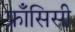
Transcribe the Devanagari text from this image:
फ्राँसिसी